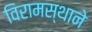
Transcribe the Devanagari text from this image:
विरामस्थाने